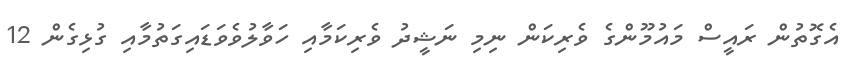
އެގޮތުން ރައީސް މައުމޫންގެ ވެރިކަން ނިމި ނަޝީދު ވެރިކަމާއި ހަވާލުވެވަޑައިގަތުމާއި ގުޅިގެން 12